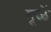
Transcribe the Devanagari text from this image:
मूळें